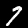
Label: 7